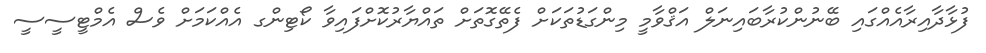
ފުޅާދާއިރާއެއްގައި ބޭނުންކުރާބައިނަލް އަޤްވާމީ މިންގަޑުތަކަށް ފެތޭގޮތަށް ތައްޔާރުކޮށްފައިވާ ކޯޓިންގ އެއްކަމަށް ވެސް އެމްޓީސީސީ